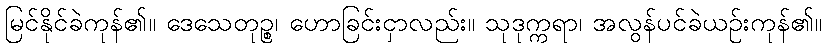
မြင်နိုင်ခဲကုန်၏။ ဒေသေတုဉ္စ၊ ဟောခြင်းငှာလည်း။ သုဒုက္ကရာ၊ အလွန်ပင်ခဲယဉ်းကုန်၏။